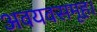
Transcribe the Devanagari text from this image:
अवयवसमूह।